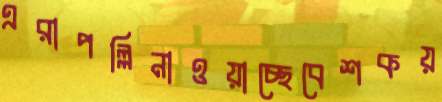
এরাপল্লিনাওয়াচ্ছেবেশকয়